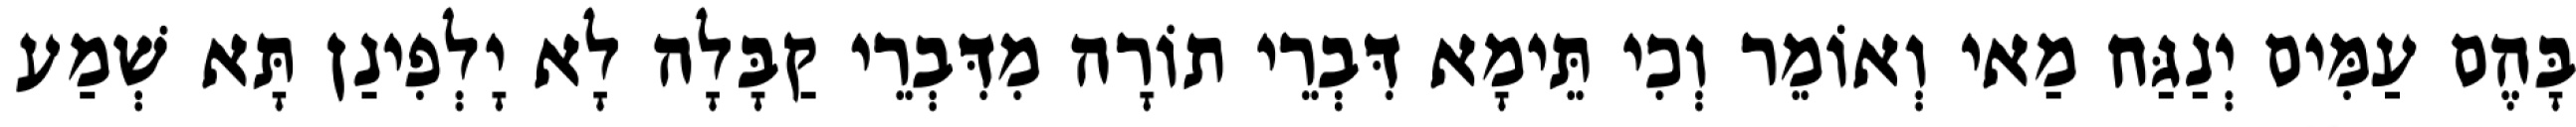
בָּהֶם עַמִּים יְנַגַּח מַאי וְאוֹמֵר וְכִי תֵּימָא דִּבְרֵי תוֹרָה מִדִּבְרֵי קַבָּלָה לָא יָלְפִינַן תָּא שְׁמַע